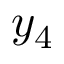
y _ { 4 }